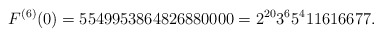
\begin{align*}F^{(6)}(0)=5549953864826880000=2^{20}3^{6}5^{4}11616677.\end{align*}